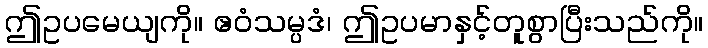
ဤဥပမေယျကို။ ဧဝံသမ္ပဒံ၊ ဤဥပမာနှင့်တူစွာပြီးသည်ကို။